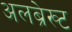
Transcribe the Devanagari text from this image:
अलब्रेख्ट